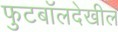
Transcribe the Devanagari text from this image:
फुटबॉलदेखील